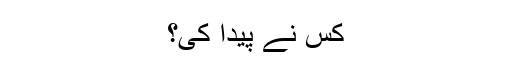
کس نے پیدا کی؟